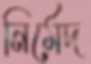
নির্মেদ